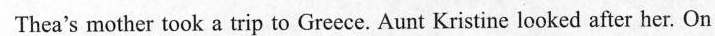
Thea's mother took a trip to Greece.Aunt Kristine looked after her. On